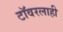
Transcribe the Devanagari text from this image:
टॉवरलाही